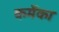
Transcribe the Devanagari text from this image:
कमेंका